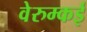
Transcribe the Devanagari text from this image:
वेरुम्कई